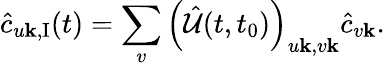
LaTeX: \hat{c}_{u\mathbf{k},\textrm{I}}(t)=\sum_{v}\left(\hat{\mathcal{U}}(t,t_{0})\right)_{u\mathbf{k},v\mathbf{k}}\hat{c}_{v\mathbf{k}}.